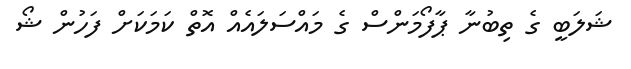
ޝަލަބީ ގެ ތިބުނާ ޕާފޯމަންސް ގެ މައްސަލައެއް އޮތް ކަމަކަށް ފަހުން ޝޯ